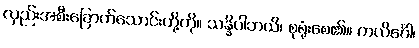
လှည်းအစီးခြောက်သောင်းတို့ကို။ သန္နိပါဘယိ၊ စုရုံးစေ၏။ ကလိင်္ဂေါ၊